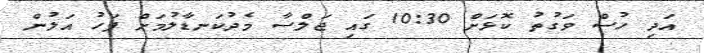
އަދި ހުސް ވަގުތު ކޮޅަށް 10:30 ގައި ޖަލްސާ މެދުކަނޑާލުމަށް ފަހު އަލުން